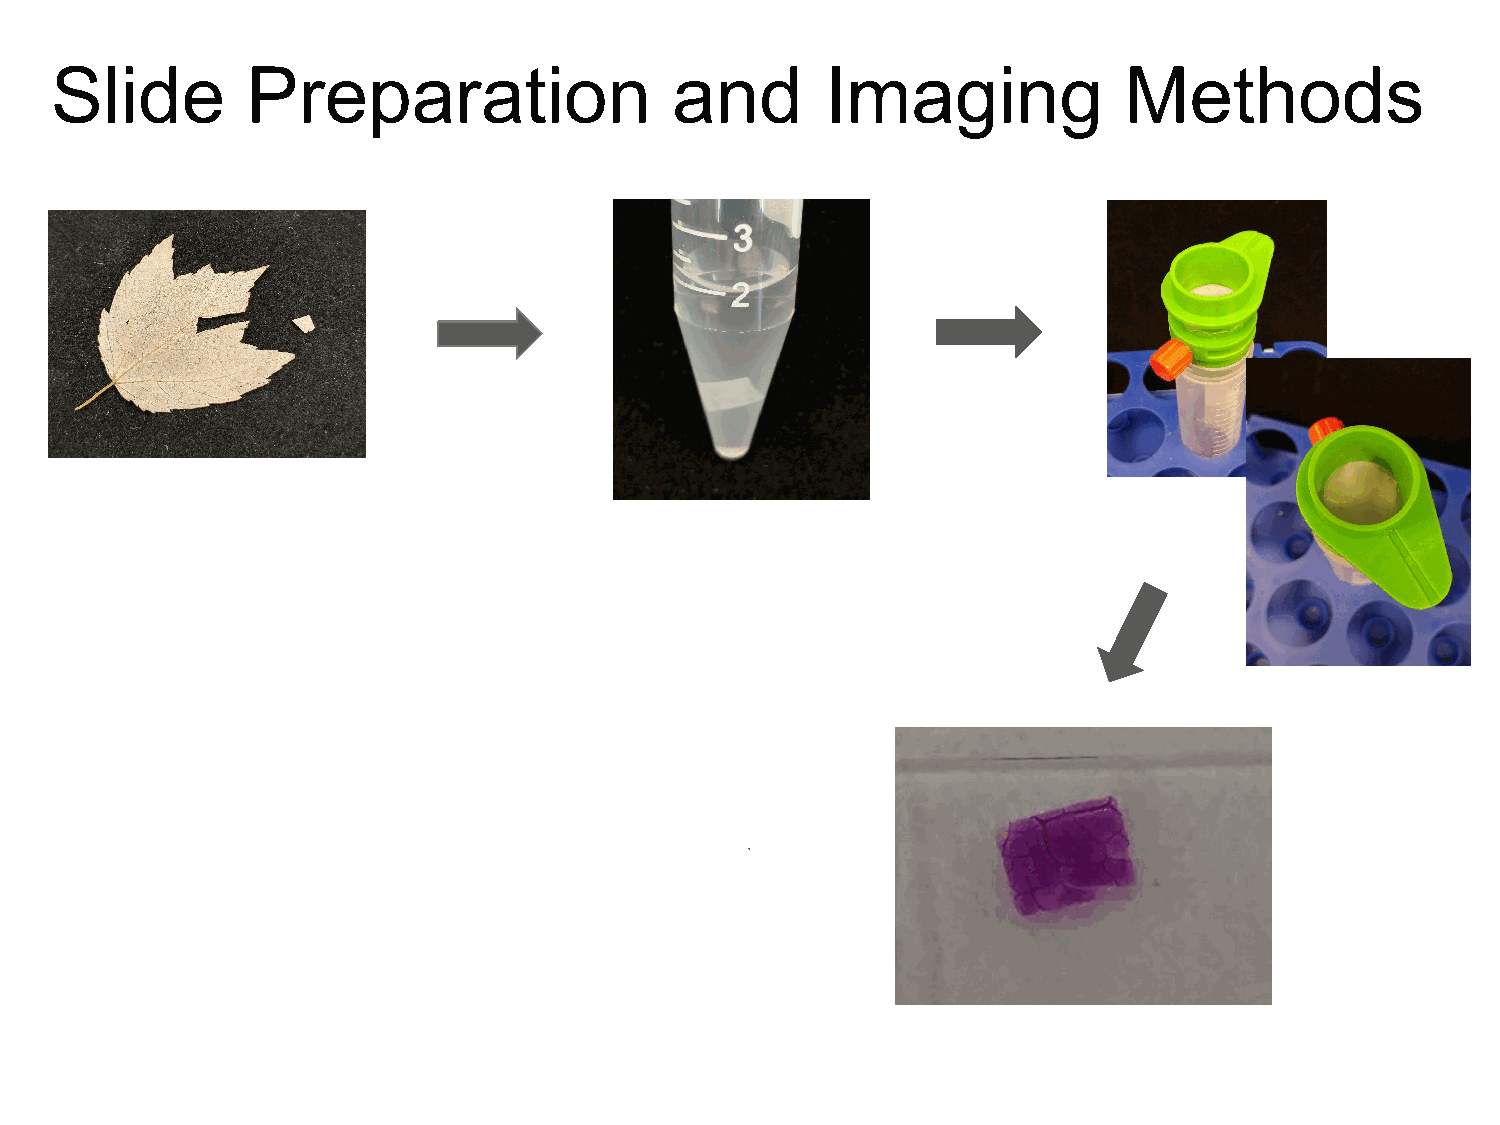
Slide        Preparation                  and       Imaging            Methods
 https://www.igb.illinois.edu/corefacilities/axiosca
 n